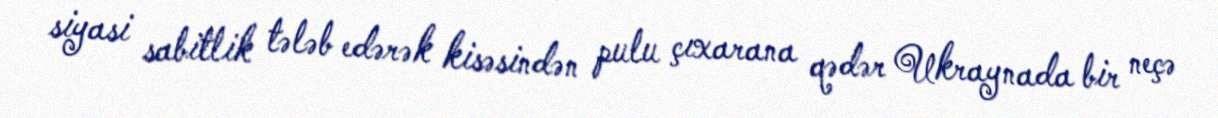
siyasi sabitlik tələb edərək kisəsindən pulu çıxarana qədər Ukraynada bir neçə